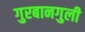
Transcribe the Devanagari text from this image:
गुरबानगुली